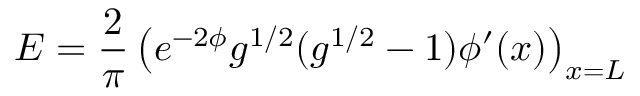
E = { \frac { 2 } { \pi } } \left( e ^ { - 2 \phi } g ^ { 1 / 2 } ( g ^ { 1 / 2 } - 1 ) \phi ^ { \prime } ( x ) \right) _ { x = L }